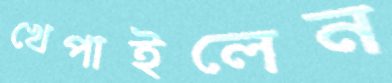
খেপাইলেন